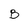
Character: B